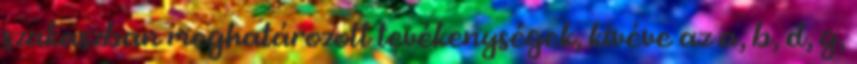
szakaszban meghatározott tevékenységek, kivéve az a, b, d, g,